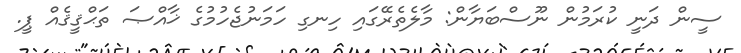
ސީން ދަނީ ކުރަމުން ނޫސްބަޔާން: މާލެތެރޭގައި ހިނގި ހަމަނުޖެހުމުގެ ޚާއްޞަ ތަޙްޤީޤެއް ޕީ.